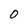
Character: 0